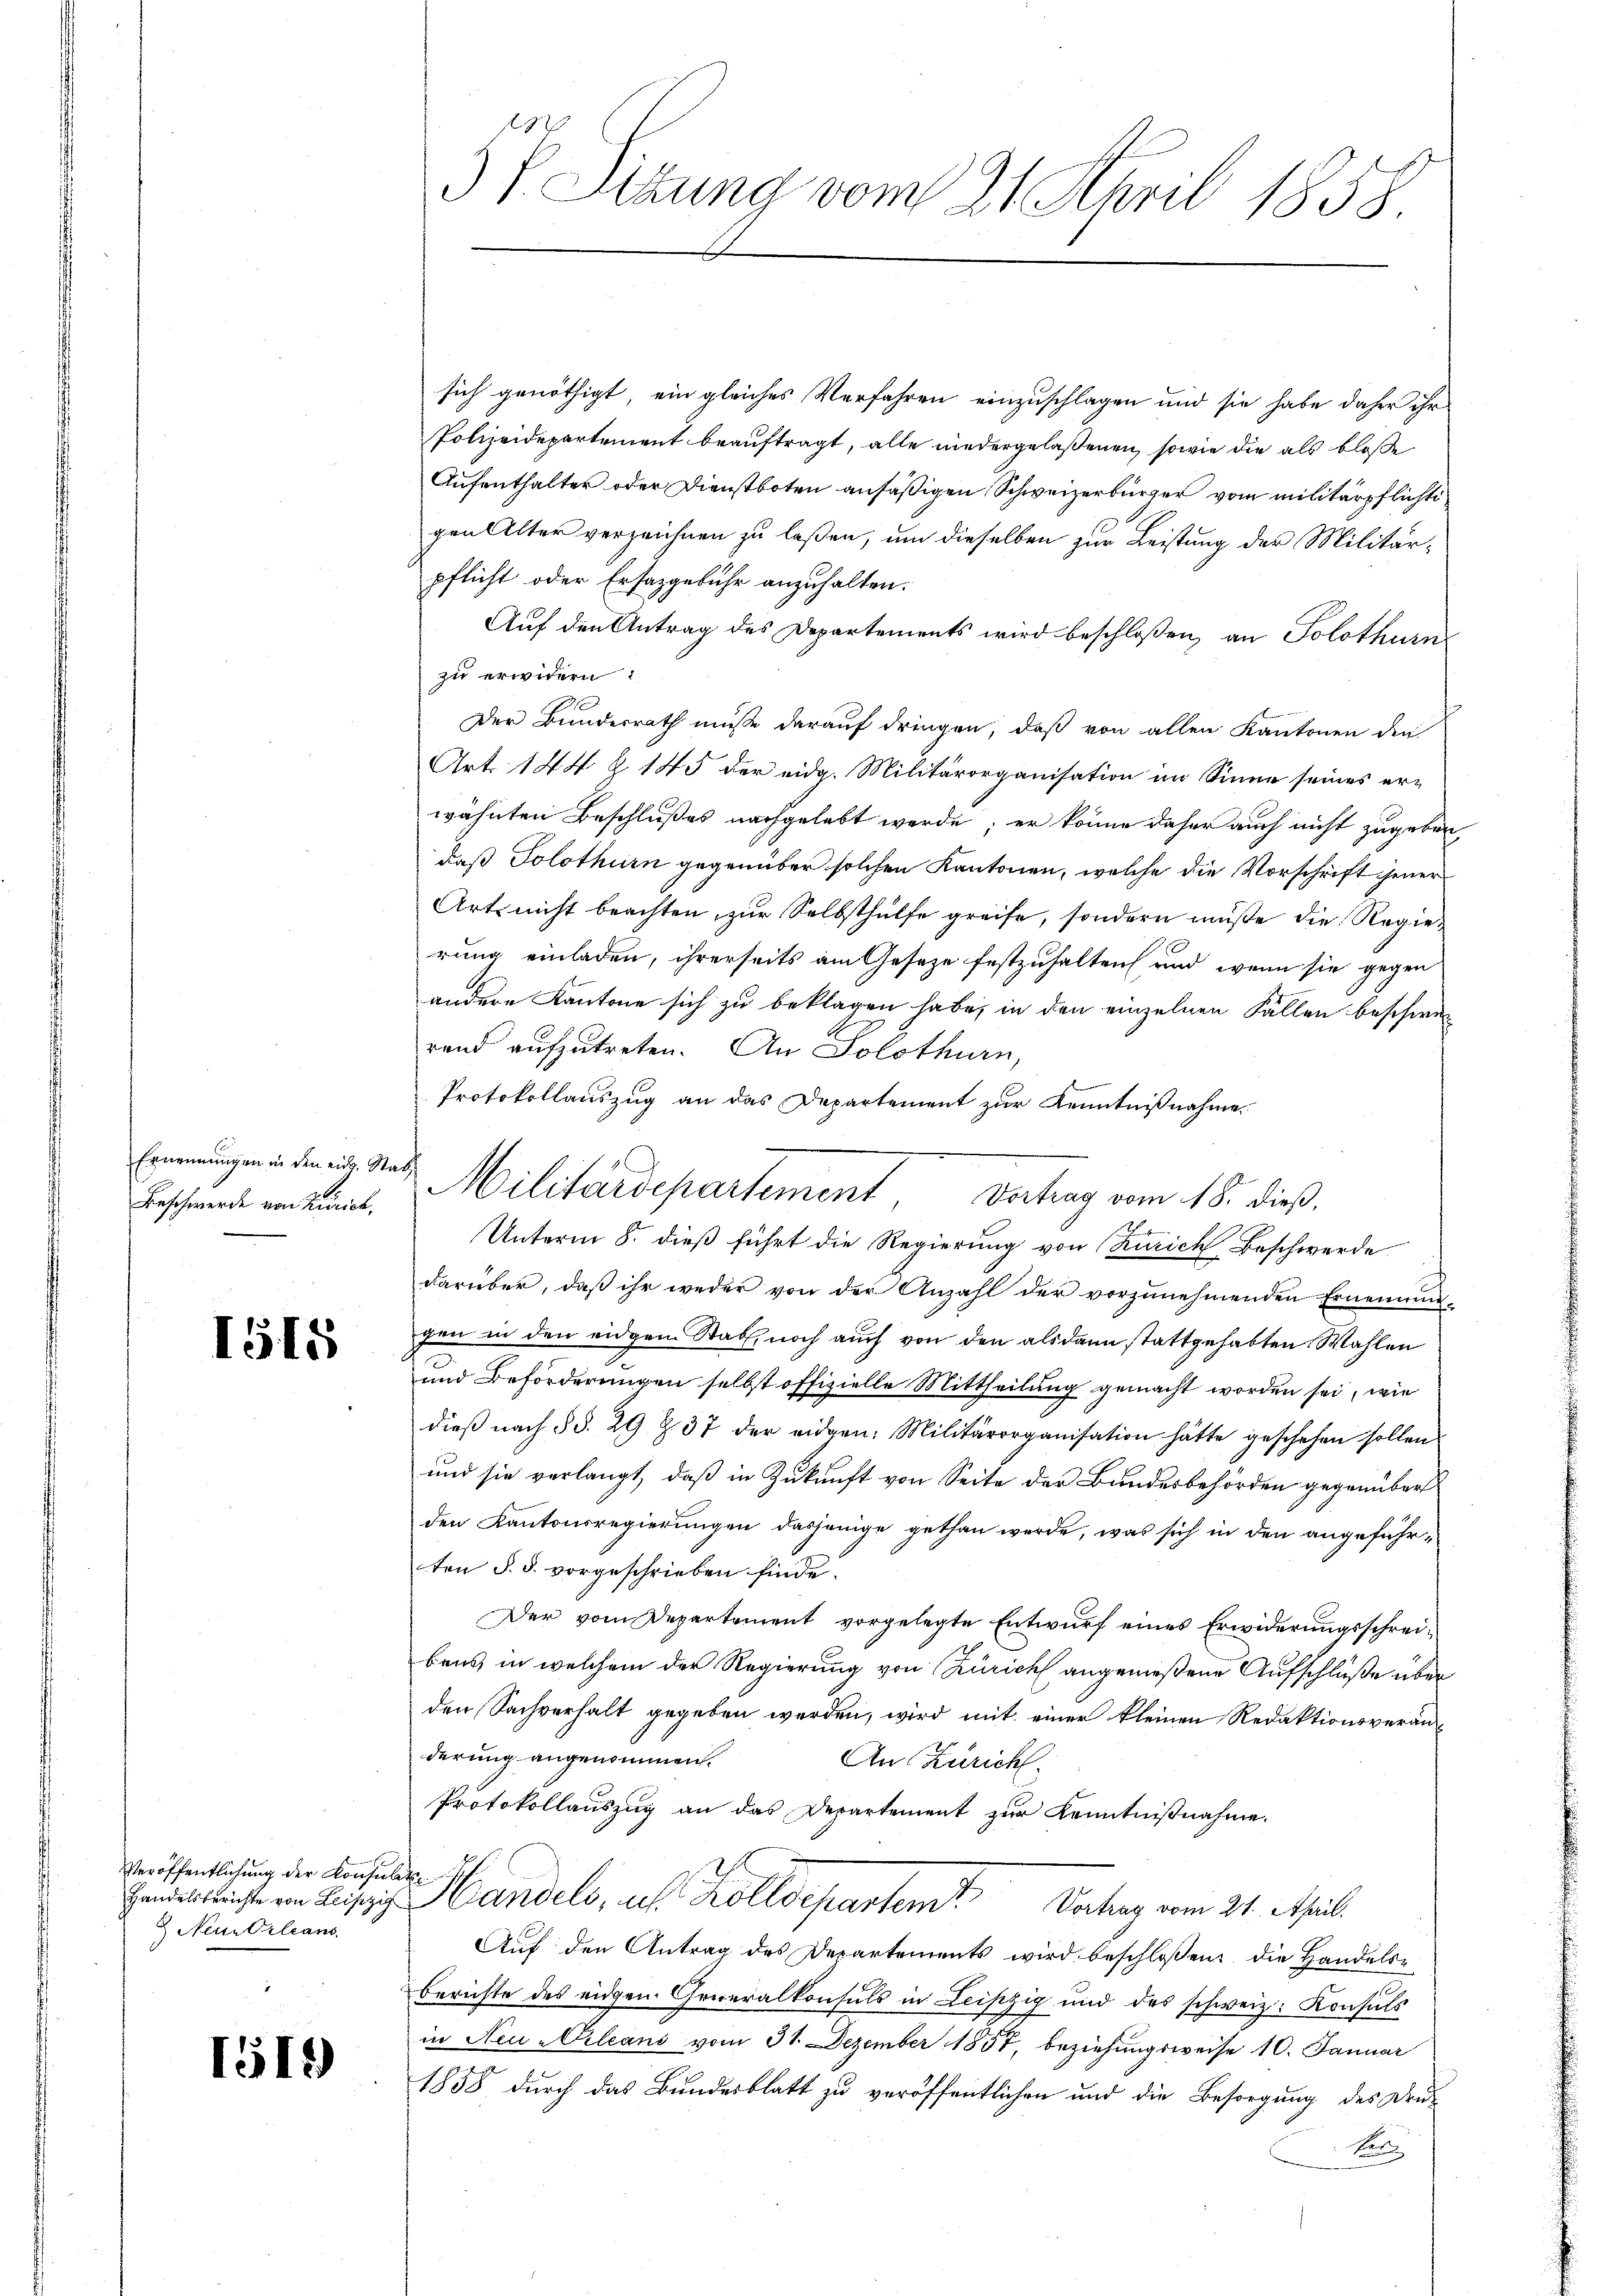
Ernennungen in den eid. Stat
Beschwerde von Zürich,

1515

Veröffentlichung der Konsul
Handelsberichte von Leipzig
 Neu Orleans

1519)

5f Sitzung vom 21. April 1858

sich genöthigt, ein gleiches Verfahren einzuschlagen und sie habe daher ihr
Polizeidepartement beauftragt, alle niedergelaßenen, sowie die als bloße
Aufenthalter oder Dienstboten ansäßigen Schweizerbürger vom militärpflichtigen Alter verzeichnen zu laßen, um dieselben zur Leistung der Militärpflicht oder Ersazgebühr anzuhalten.
Auf den Antrag des Departements wird beschloßen, an Solothurn
zu erwidern:
Der Bundesrath müsse darauf dringen, daß von allen Kantonen den
Art. 144 § 145 der eidg. Militärorganisation im Sinne seines erwähnten Beschlußes nachgelebt werde; er könne daher auch nicht zugeben
daß Solothurn gegenüber solchen Kantonen, welche die Vorschrift jener
Arts nicht beachten, zur Selbsthülfe greife, sondern müße die Regierung einladen, ihrerseits am Gesetze festzuhalten und wenn sie gegen
andere Kantone sich zu beklagen habe, in den einzelnen Fällen beschwerand aufzutreten. An Solothurn,
Protokollauszug an das Departement zur Kenntnißnahme.
Unterm 8. dieß führt die Regierung von Zürich Beschwerde
darüber, daß ihr weder von der Anzahl der vorzunehmenden Ernennung-
gen in den eidgem Statt, noch auch von den alsdann stattgehabten Wahlen
und Beförderungen selbst offizielle Mittheilung gemacht worden sei, wie
dieβ nach §§. 29 & 37 der eidgen. Militärorganisation hätte geschehen sollen
und sie verlangt, daß in Zukunft von Seite der Bundesbehörden gegenüber
den Kantonsregierungen dasjenige gethan werde, was sich in den angeführten §. 5. vorgeschrieben finde.
Der vom Departement vorgelegte Entwurf eines Erwiderungsschreibens, in welchem der Regierung von Zürich angenießene Aufschlüße über
den Sachverhalt gegeben werden, wird mit einer kleinen Redaktionsveranderung angenommen.
An Zürich.
Protokollauszug an das Departement zur Kenntnißnahme.
Handels, us Kolldepartem Vertrag vom 21. Apul
Auf den Antrag des Departements wird beschloßen: die Handelsberichte des eidgen. Generalkonsuls in Leipzig und des schweiz. Konsuls
in Neu-Orleans vom 31. Dezember 1857, beziehungsweise 10. Januar
1858 durch das Bundesblatt zu veröffentlichen und die Besorgung des Dru¬
Herr

Militärdepartement, Verhag vom 18. dieß.